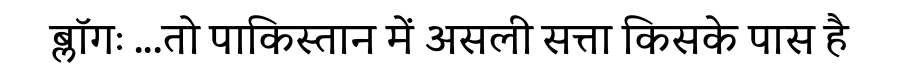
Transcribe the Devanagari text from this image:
ब्लॉगः ...तो पाकिस्तान में असली सत्ता किसके पास है